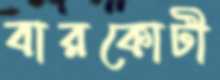
বারকোটী